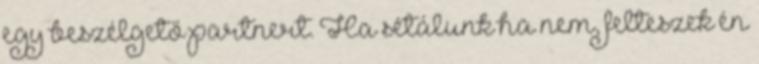
egy beszélgető partnert. Ha sétálunk ha nem, felteszek én